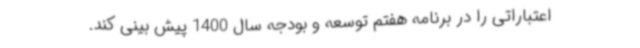
اعتباراتی را در برنامه هفتم توسعه و بودجه سال 1400 پیش بینی کند.